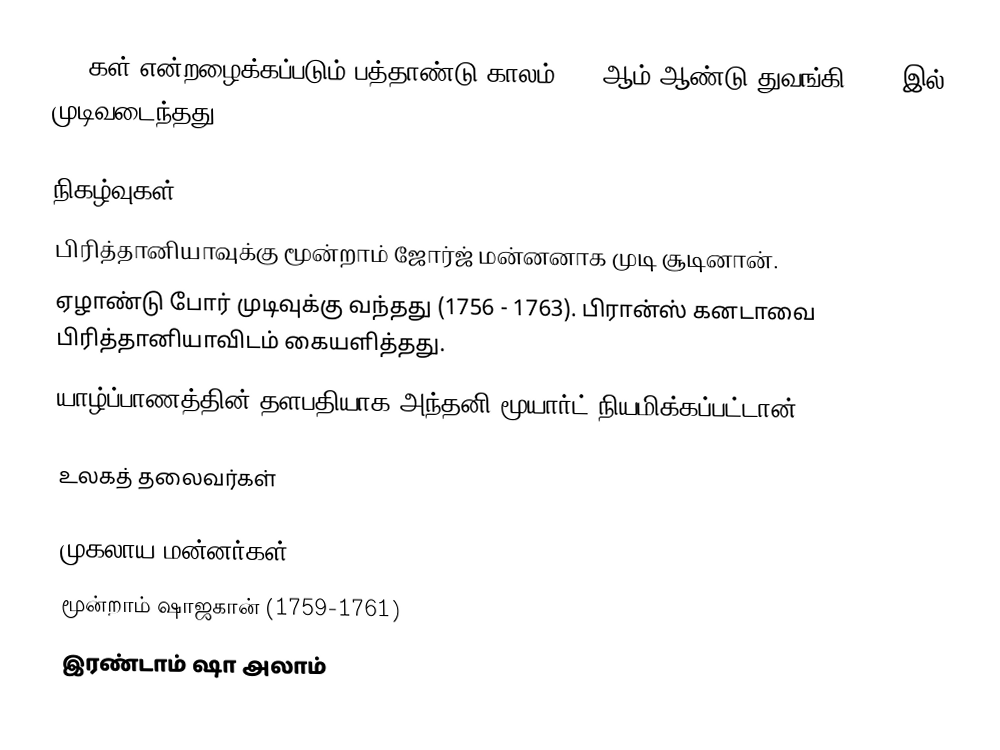
1760கள் என்றழைக்கப்படும் பத்தாண்டு காலம் 1760ஆம் ஆண்டு துவங்கி 1769-இல் முடிவடைந்தது.

நிகழ்வுகள்
 பிரித்தானியாவுக்கு மூன்றாம் ஜோர்ஜ் மன்னனாக முடி சூடினான்.
 ஏழாண்டு போர் முடிவுக்கு வந்தது (1756 - 1763). பிரான்ஸ் கனடாவை பிரித்தானியாவிடம் கையளித்தது.
 யாழ்ப்பாணத்தின் தளபதியாக அந்தனி மூயார்ட் நியமிக்கப்பட்டான் (1765).

உலகத் தலைவர்கள்

 முகலாய மன்னர்கள்:
 மூன்றாம் ஷாஜகான் (1759-1761)
 இரண்டாம் ஷா அலாம்